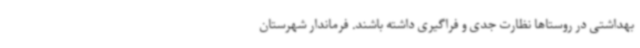
بهداشتی در روستاها نظارت جدی و فراگیری داشته باشند. فرماندار شهرستان